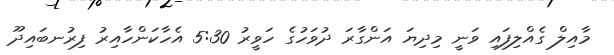
މާއިލް ގެއްލިފައި ވަނީ މިދިޔަ އަންގާރަ ދުވަހުގެ ހަވީރު 5:30 އެހާކަންހާއިރު ފިރުނބައިދޫ